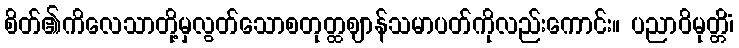
စိတ်၏ကိလေသာတို့မှလွတ်သောစတုတ္ထဈာန်သမာပတ်ကိုလည်းကောင်း။ ပညာဝိမုတ္တိံ၊